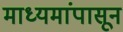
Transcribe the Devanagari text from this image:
माध्यमांपासून